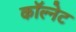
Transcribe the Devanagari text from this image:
कॉल्नेट